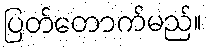
ပြတ်တောက်မည်။